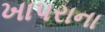
ખાપરાના